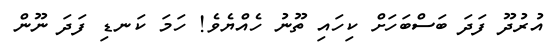
އުރުދޫ ފަދަ ބަސްބަހަށް ކިހައި ތޫނު ހެއްޔެވެ! ހަމަ ކަނޑި ފަދަ ނޫން